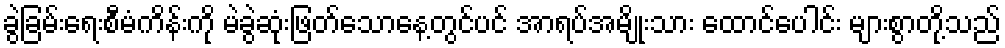
ခွဲခြမ်းရေးစီမံကိန်းကို မဲခွဲဆုံးဖြတ်သောနေ့တွင်ပင် အာရပ်အမျိုးသား ထောင်ပေါင်း များစွာတို့သည်